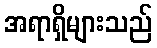
အရာရှိများသည်